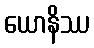
ယောနိဿ